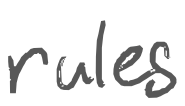
Text: rule
Cross-out: clean
Writing tool: digital_gray